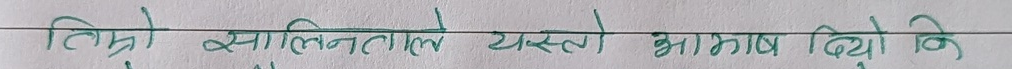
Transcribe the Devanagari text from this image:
तिम्रो सल्तनतले यस्तो आभास दियो कि